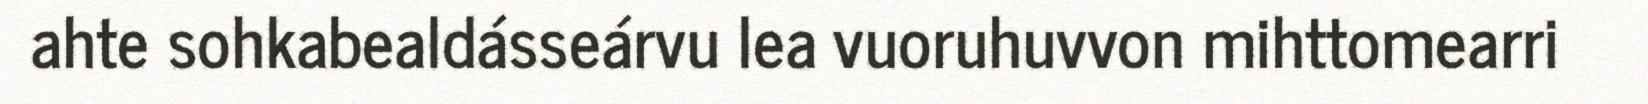
ahte sohkabealdásseárvu lea vuoruhuvvon mihttomearri